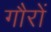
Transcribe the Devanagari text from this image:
गौरों